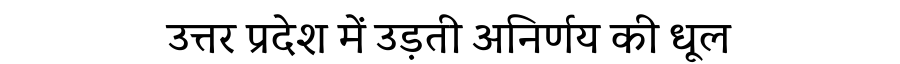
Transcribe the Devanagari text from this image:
उत्तर प्रदेश में उड़ती अनिर्णय की धूल